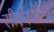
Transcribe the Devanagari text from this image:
सीएनपीसी